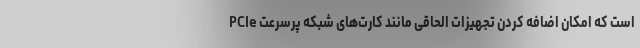
PCIe است که امکان اضافه کردن تجهیزات الحاقی مانند کارت‌های شبکه پرسرعت